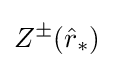
Z^{\pm }({\hat {r}}_{*})